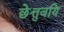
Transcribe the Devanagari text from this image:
छेत्तुवयि